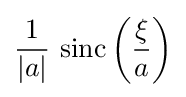
{\frac {1}{|a|}}\,\operatorname {sinc} \left({\frac {\xi }{a}}\right)